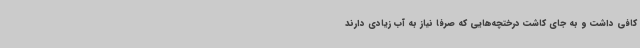
کافی داشت و به جای کاشت درختچه‌هایی که صرفا نیاز به آب زیادی دارند